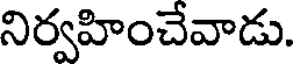
నిర్వహించేవాడు.